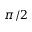
\pi / 2